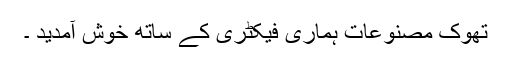
تھوک مصنوعات ہماری فیکٹری کے ساتھ خوش آمدید ۔